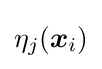
\eta _{j}({\boldsymbol {x}}_{i})